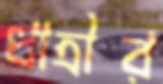
ধাত্রীর